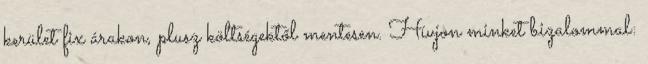
kerület fix árakon, plusz költségektől mentesen. Hívjon minket bizalommal: